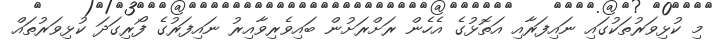
މި ކުޅިވަރުތަކުގައި ނައިފަރާއި އަތޮޅުގެ އެހެން ރަށްރަށުން ބައިވެރިވާއިރު ނައިފަރުގެ ފޯރިގަދަ ކުޅިވަރުތައް